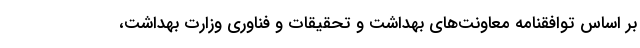
بر اساس توافقنامه معاونت‌های بهداشت و تحقیقات و فناوری وزارت بهداشت،